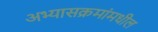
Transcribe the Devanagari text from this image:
अभ्यासक्रमांमधील